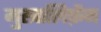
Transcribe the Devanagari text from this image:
मुखालिफ़ैन